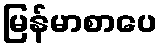
မြန်မာစာပေ